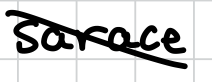
Text: scarce
Cross-out: diagonal
Writing tool: digital_black